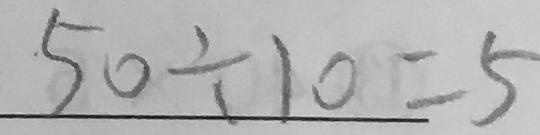
5 0 \div 1 0 = 5